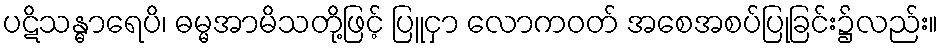
ပဋိသန္ဓာရေပိ၊ ဓမ္မအာမိသတို့ဖြင့် ပြူငှာ လောကဝတ် အစေအစပ်ပြုခြင်း၌လည်း။